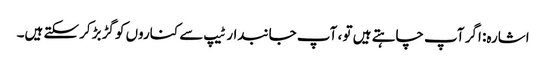
اشارہ: اگر آپ چاہتے ہیں تو ، آپ جانبدار ٹیپ سے کناروں کو گڑبڑ کرسکتے ہیں۔